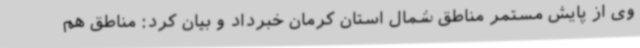
وی از پایش مستمر مناطق شمال استان کرمان خبرداد و بیان کرد: مناطق هم